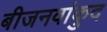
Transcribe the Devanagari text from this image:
बीजनवांकुद